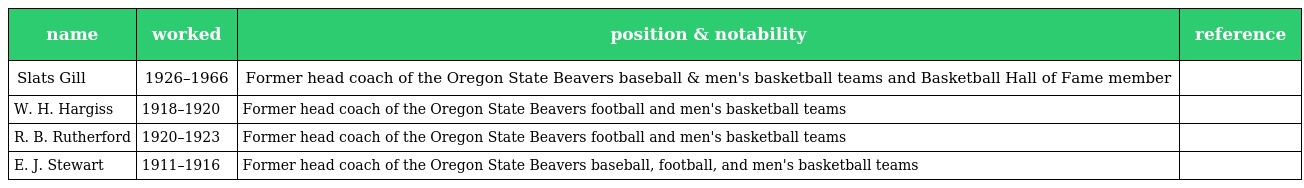
| name | worked | position & notability | reference |
 | --- | --- | --- | --- |
 | Slats Gill | 1926–1966 | Former head coach of the Oregon State Beavers baseball & men's basketball teams and Basketball Hall of Fame member |  |
 | W. H. Hargiss | 1918–1920 | Former head coach of the Oregon State Beavers football and men's basketball teams |  |
 | R. B. Rutherford | 1920–1923 | Former head coach of the Oregon State Beavers football and men's basketball teams |  |
 | E. J. Stewart | 1911–1916 | Former head coach of the Oregon State Beavers baseball, football, and men's basketball teams |  |